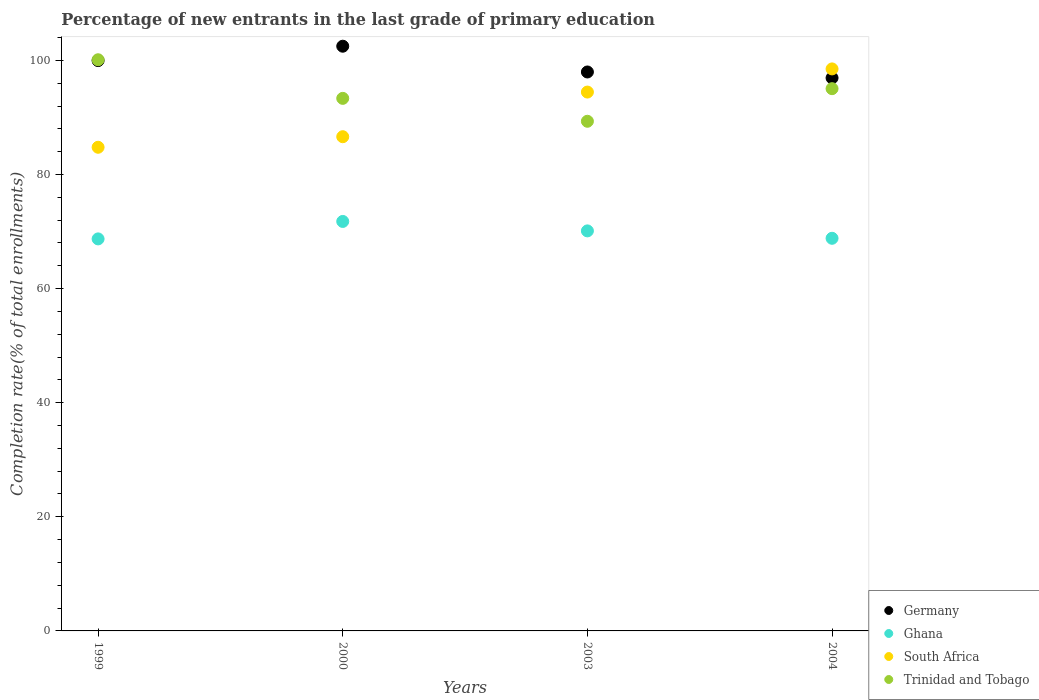
| Years | Germany | Ghana | South Africa | Trinidad and Tobago |
 | --- | --- | --- | --- | --- |
 | 1999 | 100 | 68.7 | 84.8 | 100 |
 | 2000 | 102 | 71.8 | 86.6 | 93.3 |
 | 2003 | 98 | 70.1 | 94.5 | 89.3 |
 | 2004 | 96.9 | 68.8 | 98.5 | 95 |